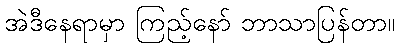
အဲဒီနေရာမှာ ကြည့်နော် ဘာသာပြန်တာ။